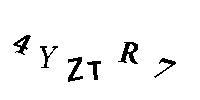
4YZTR7